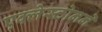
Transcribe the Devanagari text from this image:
एक्लेस्टोनने